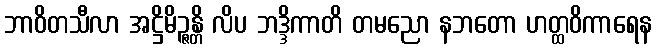
ဘာဝိတသီလာ အဋ္ဌိမိဉ္ဇန္တိ လိပ ဘဒ္ဒိကာတိ တမညော နဘတော ဟတ္ထဝိကာရေန